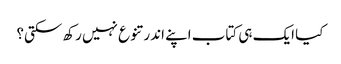
کیا ایک ہی کتاب اپنے اندر تنوع نہیں رکھ سکتی؟